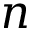
n